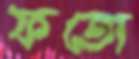
ফতো